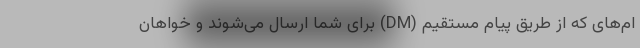
ام‌های که از طریق پیام مستقیم (DM) برای شما ارسال می‌شوند و خواهان